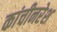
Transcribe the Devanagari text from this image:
कांचीनरेश